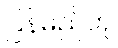
ပြန်မည်ဟု